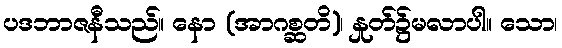
ပဒဘာဇနီသည်။ နော (အာဂစ္ဆတိ)၊ နှုတ်၌မလာပါ။ သော၊